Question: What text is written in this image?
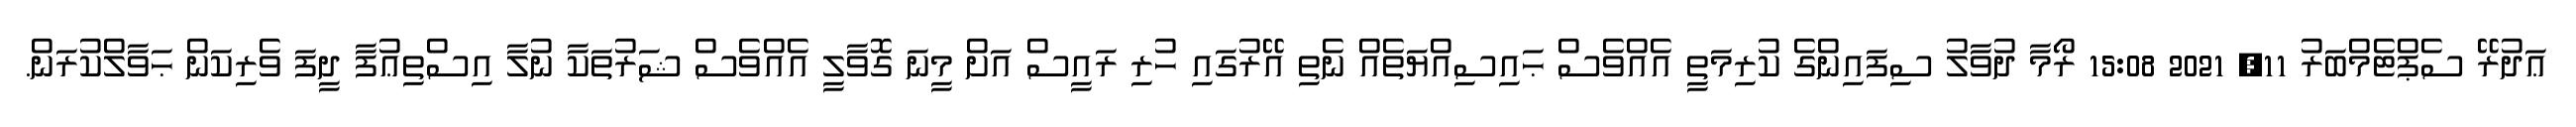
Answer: ޢަދުރޭ ސެޕްޓެމްބަރު 11, 2021 15:08 ރޯމާ ދުވާލު ސިފައިންގެ ކުރިމަތީ އެއްވެސް ޙައިސިއްޔަތެއް ނެތި އޭރުގައި ހުރި ރައީސް އަށް މީނަ ގޮވާލީ އެއްވެސް ޝަރުތަކާ ނުލާ އިސްތިޢުފާ ދީފަ ވެރިކަން ޙަވާލްކުރަން.